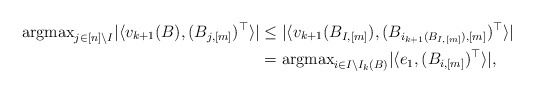
\begin{align*}{\rm argmax}_{j \in [n]\backslash I}| \langle v_{k+1}(B), (B_{j,[m]})^\top\rangle| &\le|\langle v_{k+1}(B_{I,[m]}), (B_{i_{k+1}(B_{I,[m]}),[m]})^\top \rangle |\\&={\rm argmax}_{i \in I\backslash I_{k}(B)} |\langle e_1, (B_{i,[m]})^\top\rangle|,\end{align*}